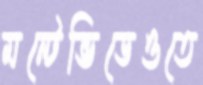
মন্টেভিডেওতে